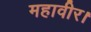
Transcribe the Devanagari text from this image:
महावीर।